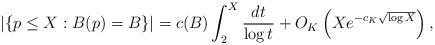
LaTeX: \begin{align*}|\{p \leq X : B(p) = B\}| = c(B) \int_2^X \frac{dt}{\log t} + O_K\left(X e^{-c_K\sqrt{\log X}}\right),\end{align*}